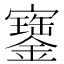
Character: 𡫿